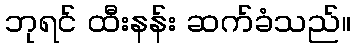
ဘုရင် ထီးနန်း ဆက်ခံသည်။